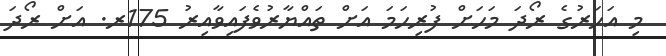
މި އަހަރުގެ ރޯދަ މަހަށް ފުރިހަމަ އަށް ތައްޔާރުވެފައިވާއިރު 175ރ. އަށް ރޯދަ